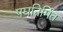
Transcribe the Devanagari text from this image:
पद्यनिर्मित